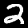
Digit: 2